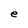
Character: e